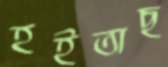
হইতাছ